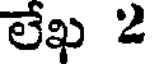
లేఖ 2